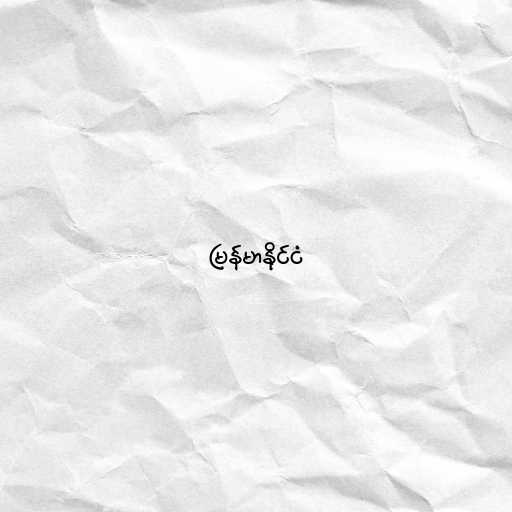
မြန်မာနိုင်ငံ